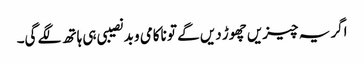
اگر یہ چیزیں چھوڑ دیں گے تو ناکامی و بدنصیبی ہی ہاتھ لگے گی۔